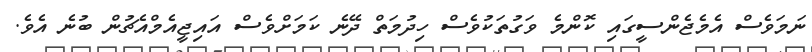
ނަމަވެސް އެމެޖެންސީގައި ކޮންމެ ވަގުތަކުވެސް ހިދުމަތް ދޭނެ ކަމަށްވެސް އައިޖީއެމްއެޗުން ބުނެ އެވެ.